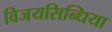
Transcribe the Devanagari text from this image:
विजयसिन्धिया